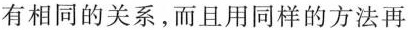
有相同的关系，而且用同样的方法再